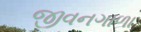
જીવનગાળા